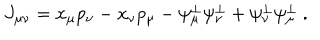
LaTeX: J _ { \mu \nu } = x _ { \mu } p _ { \nu } - x _ { \nu } p _ { \mu } - \psi _ { \mu } ^ { \perp } \psi _ { \nu } ^ { \perp } + \psi _ { \nu } ^ { \perp } \psi _ { \mu } ^ { \perp } \ .